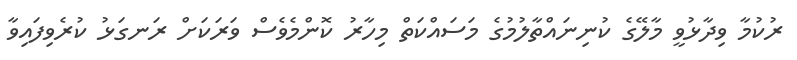
ރުކުމާ ވިދާޅުވީ މާލޭގެ ކުނިނައްތާލުމުގެ މަސައްކަތް މިހާރު ކޮންމެވެސް ވަރަކަށް ރަނގަޅު ކުރެވިފައިވާ